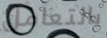
بالتعامل